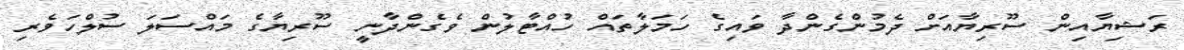
ރަޝިޔާއިން ސޫރިޔާއަށް ދެމުންގެންދާ ވައިގެ ހަމަލާތައް ހުއްޓާލުން ވެގެންދާނީ ސޫރިޔާގެ މައްސަލަ ސުލްހަވެރި